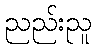
ညည်းညူ